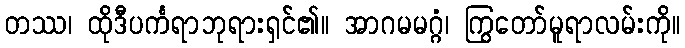
တဿ၊ ထိုဒီပင်္ကရာဘုရားရှင်၏။ အာဂမမဂ္ဂံ၊ ကြွတော်မူရာလမ်းကို။